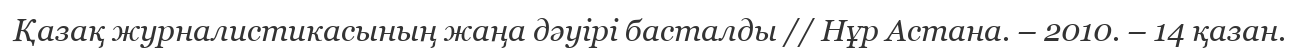
Қазақ журналистикасының жаңа дәуірі басталды // Нұр Астана. – 2010. – 14 қазан.